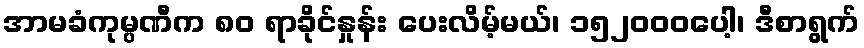
အာမခံကုမ္ပဏီက ၈၀ ရာခိုင်နှုန်း ပေးလိမ့်မယ်၊ ၁၅၂၀၀၀ပေါ့၊ ဒီစာရွက်